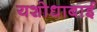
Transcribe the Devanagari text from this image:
यशोधाबाई